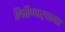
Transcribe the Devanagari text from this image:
लिहिणार्‍याया